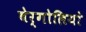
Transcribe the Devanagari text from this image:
बेर्गोलियो